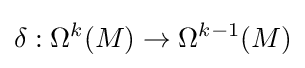
\delta :\Omega ^{k}(M)\rightarrow \Omega ^{k-1}(M)